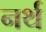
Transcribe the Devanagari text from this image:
नर्थ